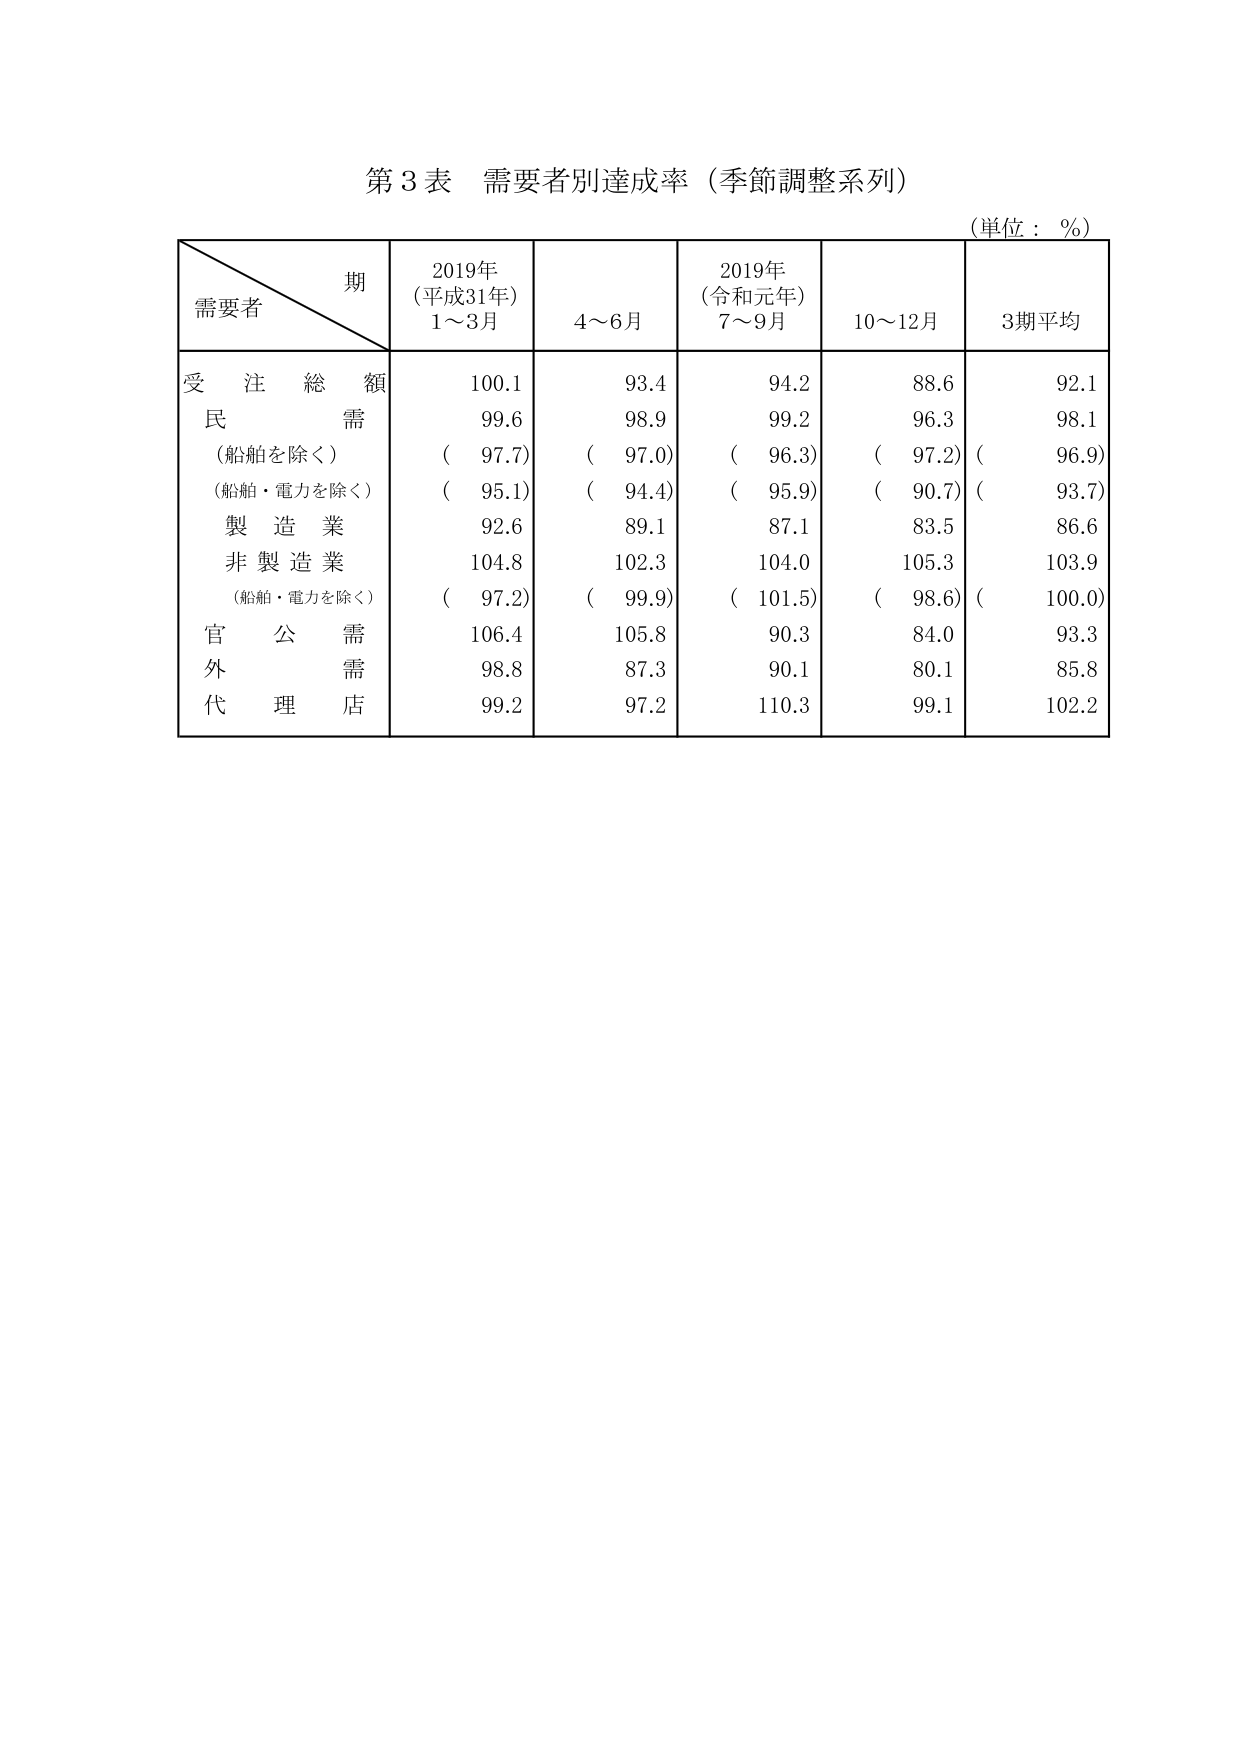
第3表 需要者別達成率（季節調整系列）

（単位：％）

期
需要者

2019年
（平成31年）
1～3月

4～6月

2019年
（令和元年）
7～9月

10～12月

3期平均

受注総額
100.1
93.4
94.2
88.6
92.1

民需
99.6
98.9
99.2
96.3
98.1

（船舶を除く）
（ 97.7）
（ 97.0）
（ 96.3）
（ 97.2）
（ 96.9）

（船舶・電力を除く）
（ 95.1）
（ 94.4）
（ 95.9）
（ 90.7）
（ 93.7）

製造業
92.6
89.1
87.1
83.5
86.6

非製造業
104.8
102.3
104.0
105.3
103.9

（船舶・電力を除く）
（ 97.2）
（ 99.9）
（ 101.5）
（ 98.6）
（ 100.0）

官公需
106.4
105.8
90.3
84.0
93.3

外需
98.8
87.3
90.1
80.1
85.8

代理店
99.2
97.2
110.3
99.1
102.2